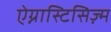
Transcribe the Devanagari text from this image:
ऐग्नास्टिसिज़्म